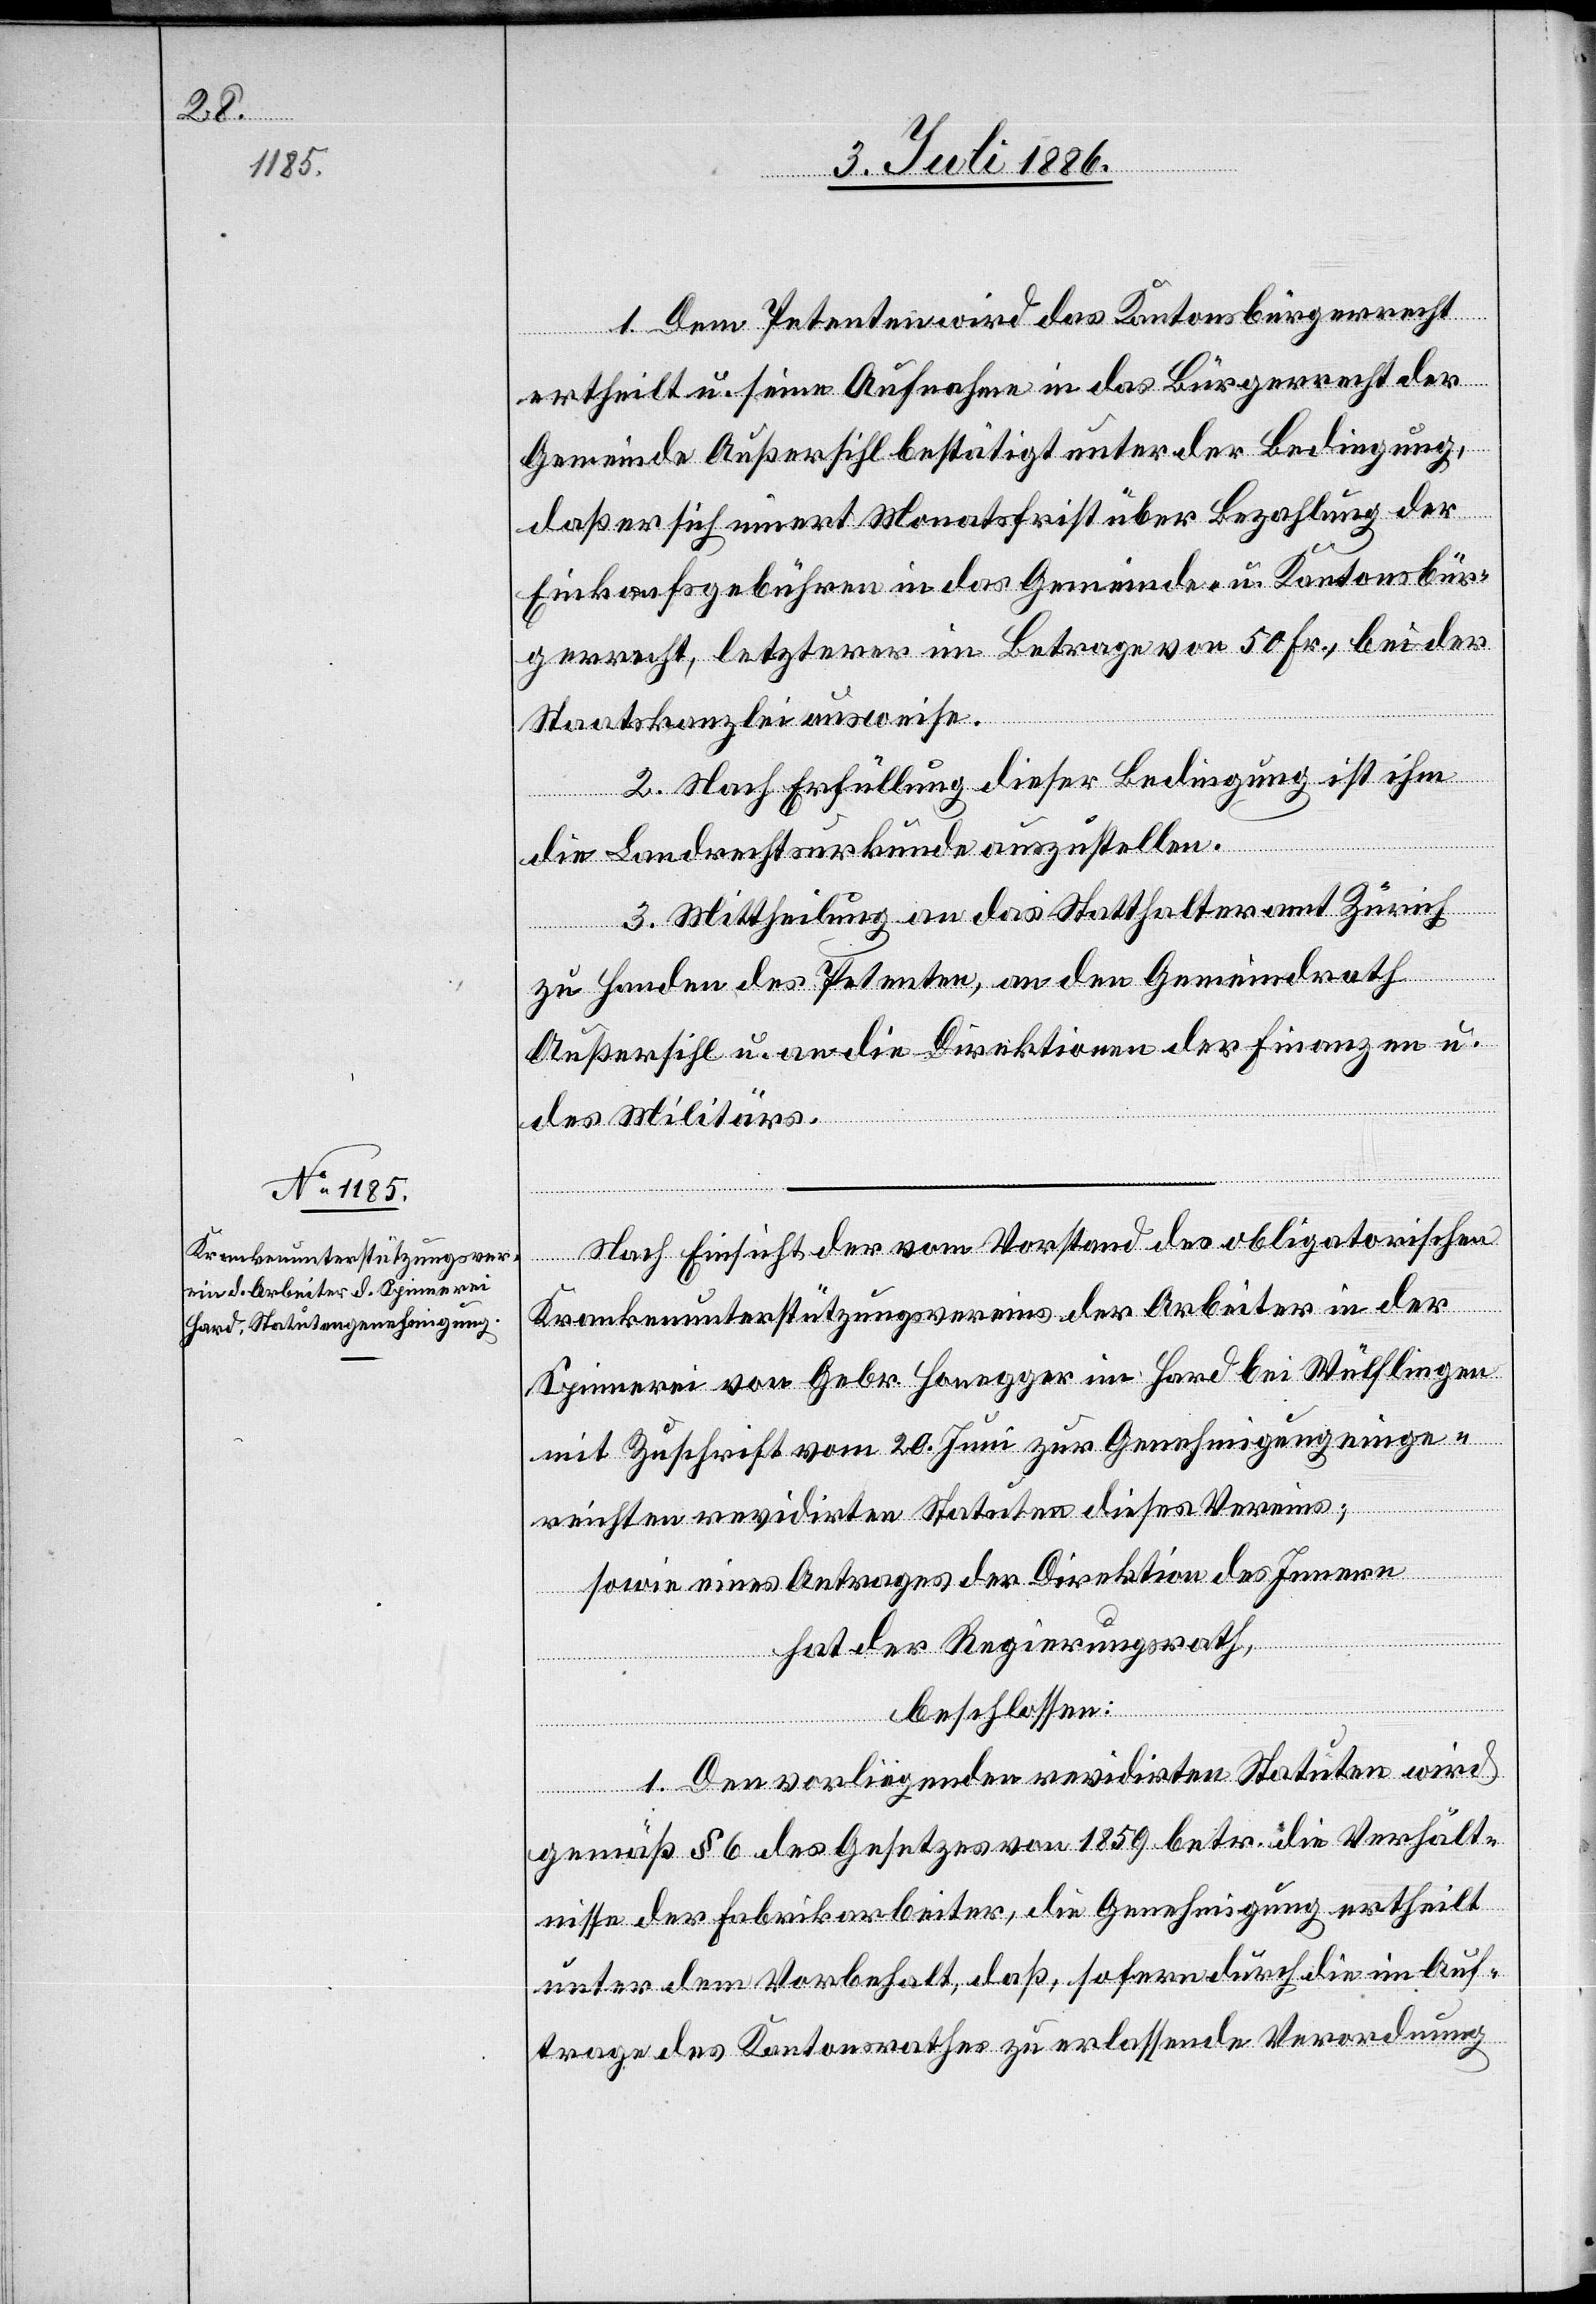
1. Dem Petenten wird das Kantonsbürgerrecht
ertheilt u. seine Aufnahme in das Bürgerrecht der
Gemeinde Außersihl bestätigt unter der Bedingung,
daß er sich innert Monatsfrist über Bezahlung der
Einkaufsgebühren in das Gemeinde- & Kantonsbür¬
gerrecht, letzterer im Betrage von 50 Fr., bei der
Staatskanzlei ausweise.
2. Nach Erfüllung dieser Bedingung ist ihm
die Landrechtsurkunde auszustellen.
3. Mittheilung an das Statthalteramt Zürich
zu Handen des Petenten, an den Gemeindrath
Außersihl u. an die Direktionen der Finanzen und
des Militärs.
Nach Einsicht der vom Vorstand des obligatorischen
Krankenunterstützungsvereins der Arbeiter in der
Spinnerei von Gebr. Honegger im Hard bei Wülflingen
mit Zuschrift vom 20. Juni zur Genehmigung einge¬
reichten revidirten Statuten dieses Vereins;
sowie eines Antrages der Direktion des Innern,
hat der Regierungsrath,
beschlossen:
1. Den vorliegenden revidirten Statuten wird
gemäß § 6 des Gesetzes von 1859 betr. die Verhält¬
nisse der Fabrikarbeiter, die Genehmigung ertheilt
unter dem Vorbehalt, daß, sofern durch die im Auf¬
trage des Kantonsrathes zu erlassende Verordnung